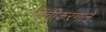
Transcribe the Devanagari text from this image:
पंचीकरणानें